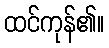
ထင်ကုန်၏။